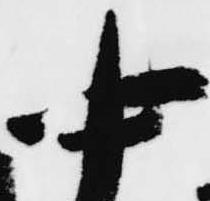
中